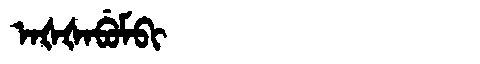
Manchu: ᠠᡧᡧᠠᠪᡠᠮᠪᡳ
Romanization: AŠŠABUMBI